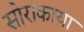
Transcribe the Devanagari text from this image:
सोराकाया